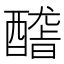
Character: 𨢳